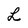
Character: L